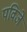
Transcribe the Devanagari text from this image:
पविजे